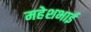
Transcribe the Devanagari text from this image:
महेशभाई